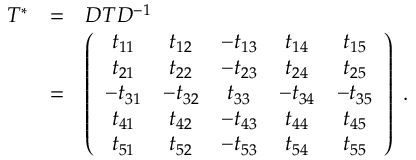
\begin{array} { r c l } { { T ^ { * } } } & { { = } } & { { { \cal D } T { \cal D } ^ { - 1 } } } \\ { { } } & { { = } } & { { \left( \begin{array} { c c c c c } { { t _ { 1 1 } } } & { { t _ { 1 2 } } } & { { - t _ { 1 3 } } } & { { t _ { 1 4 } } } & { { t _ { 1 5 } } } \\ { { t _ { 2 1 } } } & { { t _ { 2 2 } } } & { { - t _ { 2 3 } } } & { { t _ { 2 4 } } } & { { t _ { 2 5 } } } \\ { { - t _ { 3 1 } } } & { { - t _ { 3 2 } } } & { { t _ { 3 3 } } } & { { - t _ { 3 4 } } } & { { - t _ { 3 5 } } } \\ { { t _ { 4 1 } } } & { { t _ { 4 2 } } } & { { - t _ { 4 3 } } } & { { t _ { 4 4 } } } & { { t _ { 4 5 } } } \\ { { t _ { 5 1 } } } & { { t _ { 5 2 } } } & { { - t _ { 5 3 } } } & { { t _ { 5 4 } } } & { { t _ { 5 5 } } } \end{array} \right) ~ . } } \end{array}